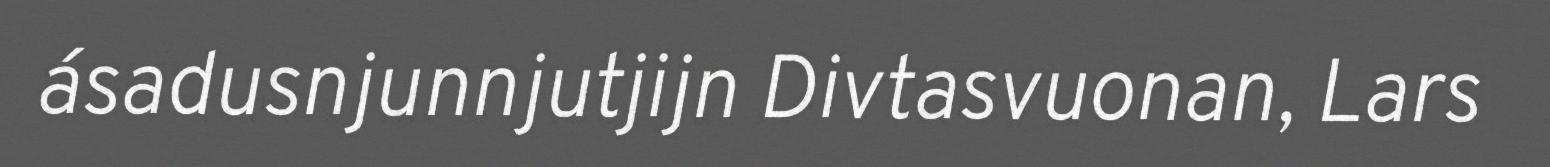
ásadusnjunnjutjijn Divtasvuonan, Lars